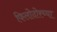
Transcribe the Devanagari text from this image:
फिलोदोरच्या